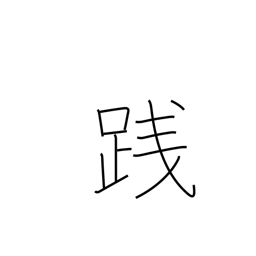
Meaning: tread